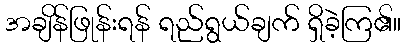
အချိန်ဖြုန်းရန် ရည်ရွယ်ချက် ရှိခဲ့ကြ၏။